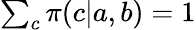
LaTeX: \begin{array}{r}{\sum_{c}\pi(c|a,b)=1}\end{array}